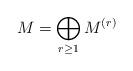
LaTeX: \begin{align*}M=\bigoplus\limits_{r\geq 1}M^{(r)}\end{align*}